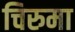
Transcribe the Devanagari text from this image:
चिरुमा